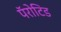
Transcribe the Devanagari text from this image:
पॅरोटिड